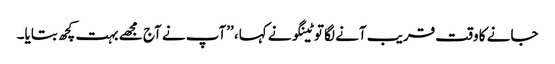
جانے کا وقت قریب آنے لگا توٹینگو نے کہا، ’’آپ نے آج مجھے بہت کچھ بتایا۔